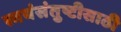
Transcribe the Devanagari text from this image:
स्वयंसंतुष्टीसाठी